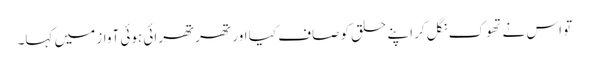
تو اس نے تھوک نگل کر اپنے حلق کو صاف کیا اور تھرتھرائی ہوئی آواز میں کہا۔